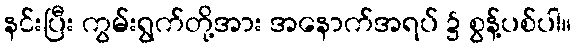
နင်းပြီး ကွမ်းရွက်တို့အား အနောက်အရပ် ၌ စွန့်ပစ်ပါ။